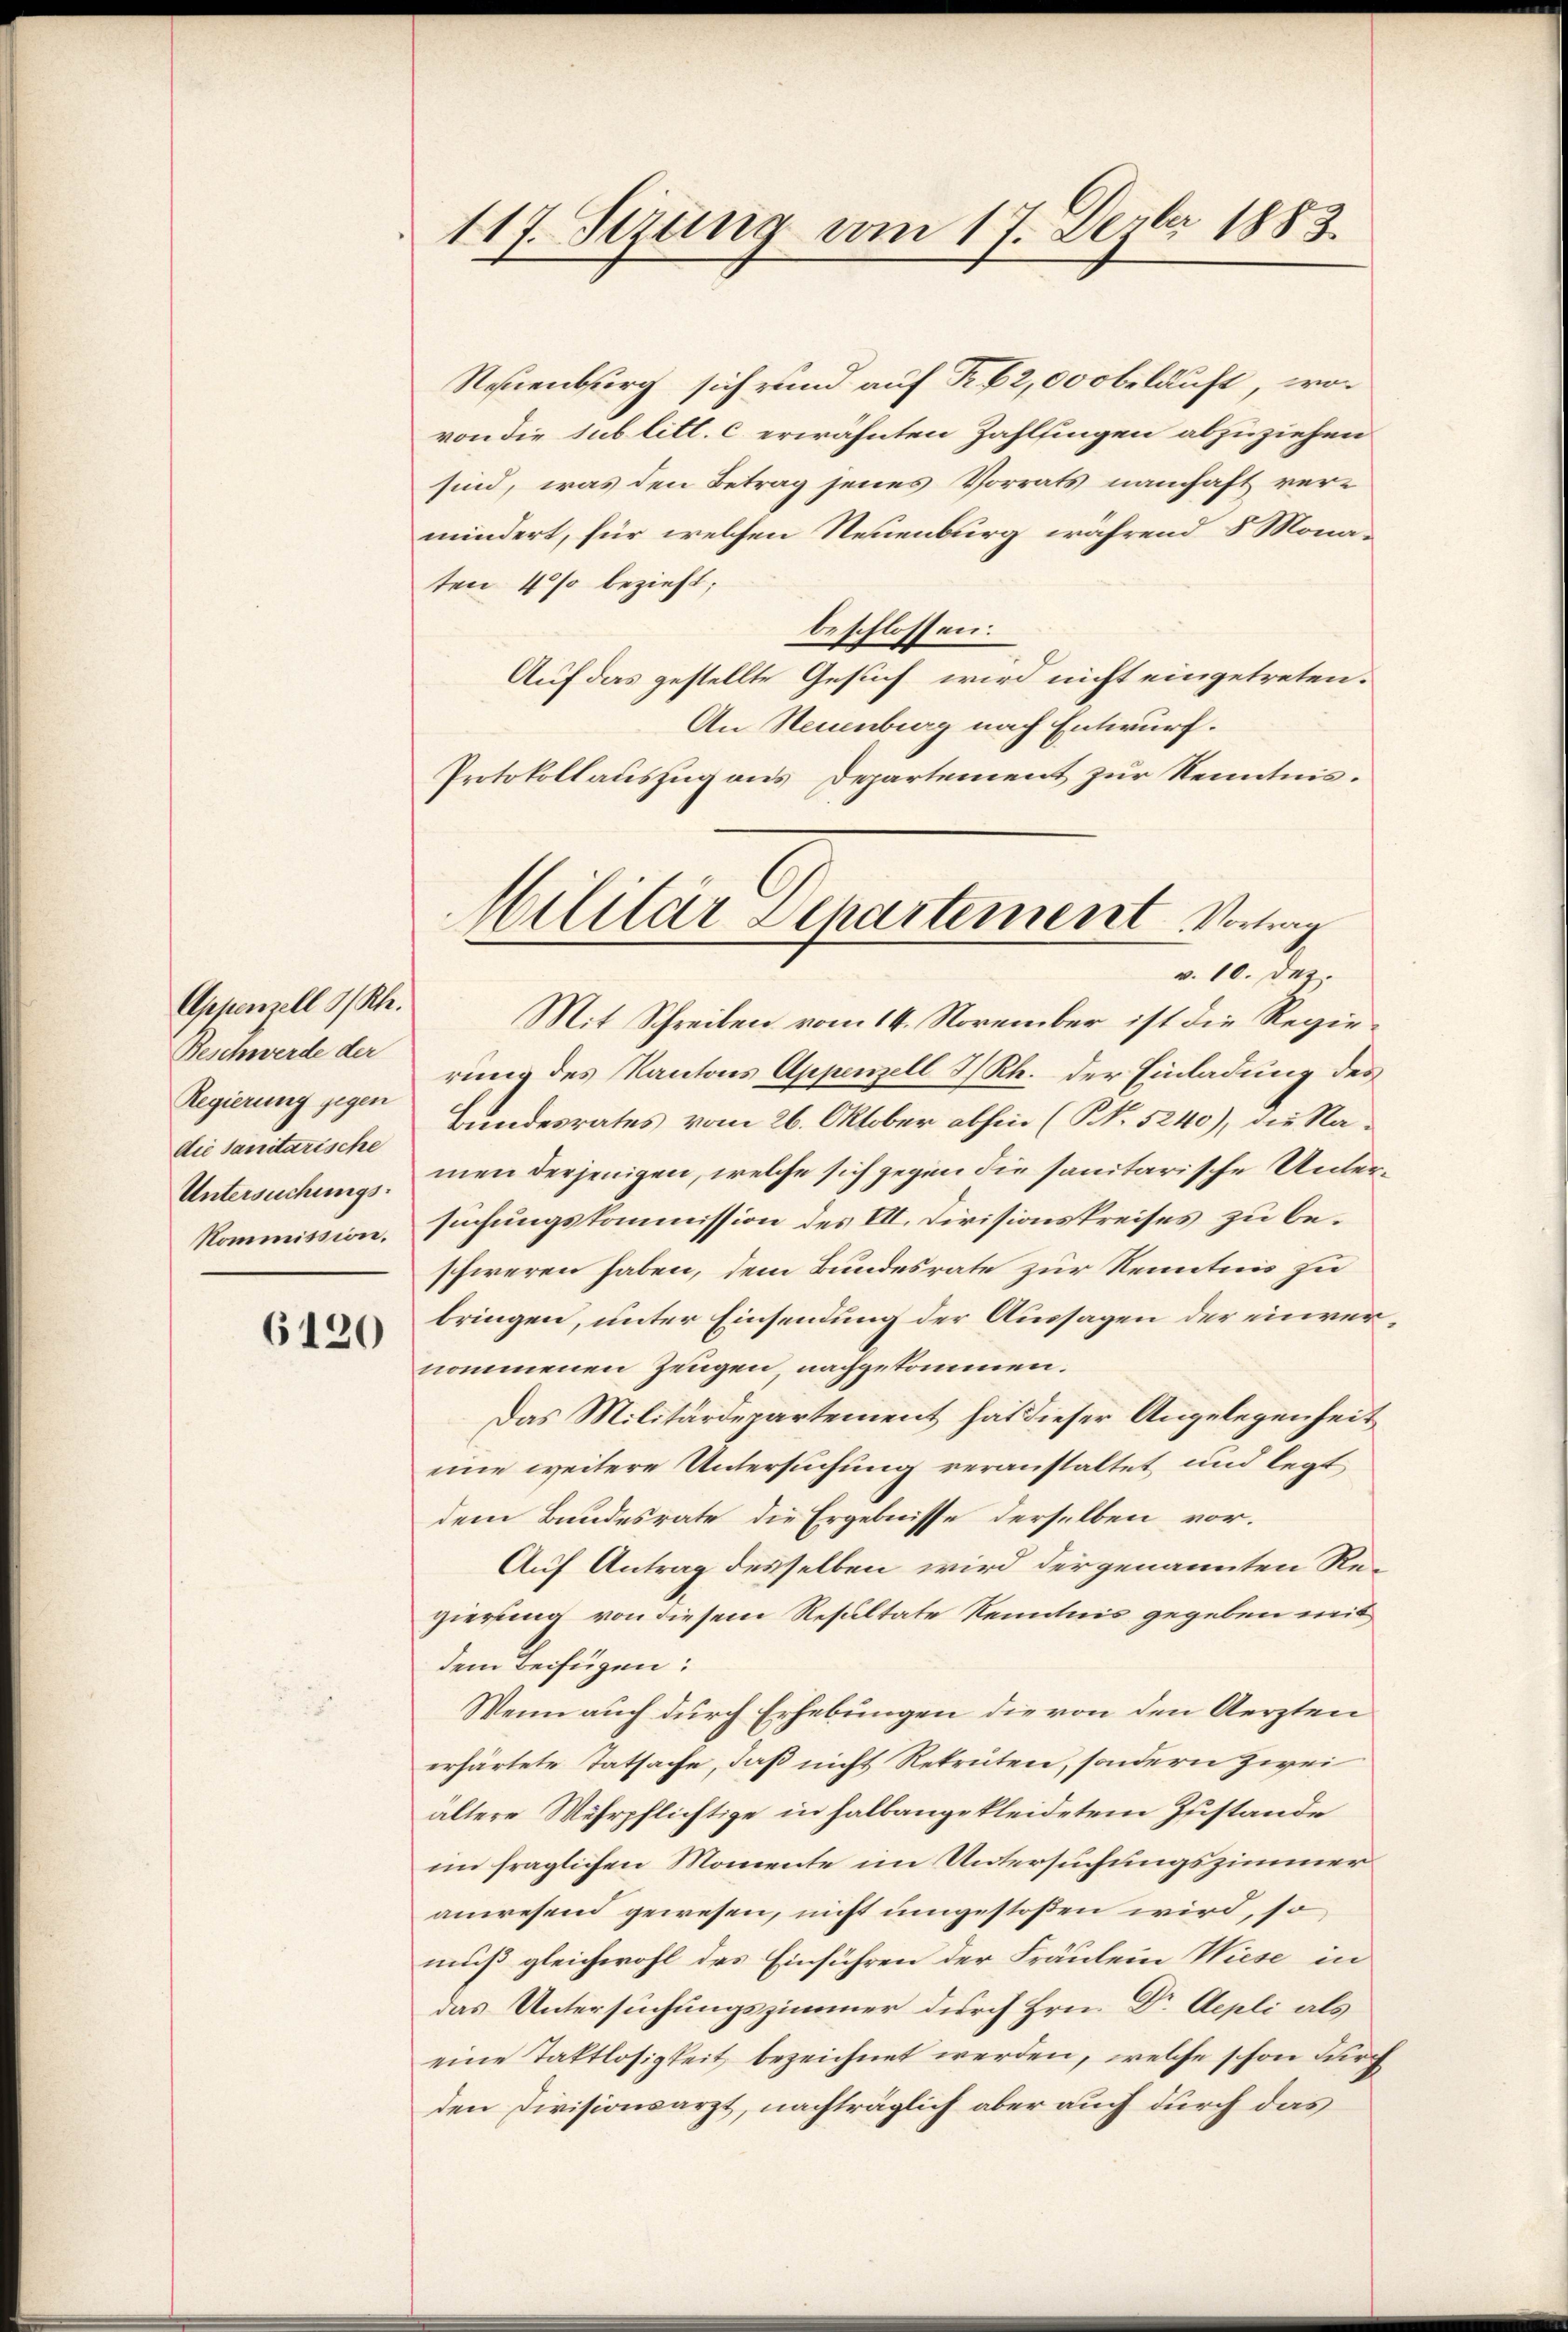
Appenzell I/Rh.
Beschwerde der
Regierung gegen
die Sanitarische
Untersuchungs-
Kommission.

6120

117. Sezung vom 17. Dezbr 1883.

Neuenburg sich rund auf Fr. 62,000 beläuft, wo
von die sub litt. c erwähnten Zahlfingen abzuziehen
sind, was den Betrag jenes Vorrats namhaft vermindert, für welchen Neuenburg während 8 Monaten 4 % bezieht;
beschlossen:
Auf das gestellte Gesuch wird nicht eingetreten.
An Neuenburg nach Entwurf.
Protokollauszug aus Departement zur Kenntnis.

Militär Departement Vortrag
v. 10. Dez.

Mit Schreiben vom 14. November ist die Regierung des Kantons Appenzell I/Rh. der Einladung des
Bundesrates vom 26. Oktober abhin (S. 5240), die Namen derjenigen, welche sich gegen die sanitarische Untersuchungskommission des III. Divisionskreises zu beschweren haben, dem Bundesrate zur Kenntnis zu
bringen, unter Einsendung der Aussagen der einvernommenen Zeugen nachgekommen.
Das Militärdepartement hat dieser Angelegenheit
eine weitere Untersuchung veranstaltet und legt
dem Bundesrate die Ergebnisse derselben vor¬
Auf Antrag desselben wird der genannten Regierung von diesem Resultate Kenntnis gegeben mit,
dem Beifügen:
Wenn auch durch Erhebungen die von den Aerzten
erhärtete Tatsache, daß nicht Rekruten, sondern zwei
ältere Wehrpflichtige in halbangekleidetem Zustande
im fraglichen Momente im Untersuchungszimmer
anwesend gewesen, nicht umgestoßen wird, so
muß gleichwohl des Einführen der Fräulein Wiese in
das Untersuchungszimmer durch Hrn. Dr Aepli als
eine Taktlosigkeit bezeichnet werden, welche schon durch
den Divisionsarzt, nachträglich aber auch durch das